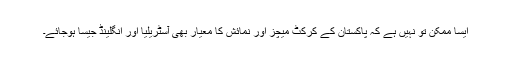
ایسا ممکن تو نہیں ہے کہ پاکستان کے کرکٹ میچز اور نمائش کا معیار بھی آسٹریلیا اور انگلینڈ جیسا ہوجائے۔